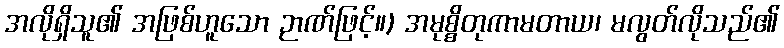
အလိုရှိသူ၏ အဖြစ်ဟူသော ဉာဏ်ဖြင့်။) အမုစ္စိတုကာမတာယ၊ မလွတ်လိုသည်၏